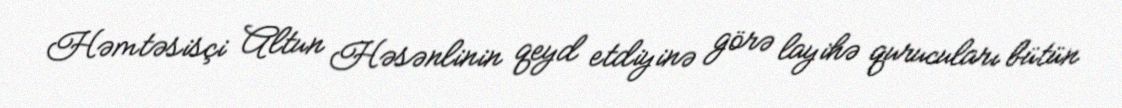
Həmtəsisçi Altun Həsənlinin qeyd etdiyinə görə layihə qurucuları bütün